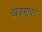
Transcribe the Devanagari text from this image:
खड़गावत